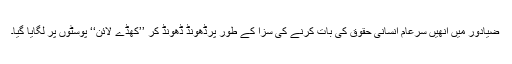
ضیادَور میں اُنھیں سرعام انسانی حقوق کی بات کرنے کی سزا کے طور پرڈھونڈ ڈھونڈ کر ’’کھڈے لائن‘‘ پوسٹوں پر لگایا گیا۔